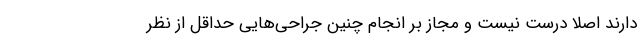
دارند اصلا درست نیست و مجاز بر انجام چنین جراحی‌هایی حداقل از نظر